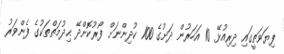
ފިޔަވަތީގައި ދިރިއުޅޭ 10 އަހަރުން ދަށުގެ 100 ކުދިންނަށް ފޯރުކޮށްދޭ ޙިދުމަތްތަކުގެ ފެންވަރު